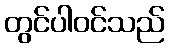
တွင်ပါဝင်သည်